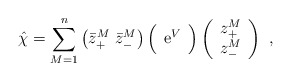
\begin{align*}\hat \chi=\sum_{M=1}^n \left( \bar{z}_{+}^M \,\, \bar{z}_{-}^M \right) \Big( \begin{array}{cc} {\rm e}^V \end{array} \Big)\left( \begin{array}{c} z_{+}^M \\ z_{-}^M \end{array} \right)\ , \end{align*}